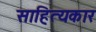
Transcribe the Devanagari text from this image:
साहित्‍यकार